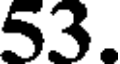
53.